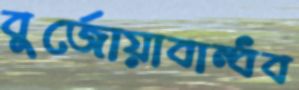
বুর্জোয়াবান্ধব